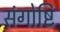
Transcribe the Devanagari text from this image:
संगोष्टि